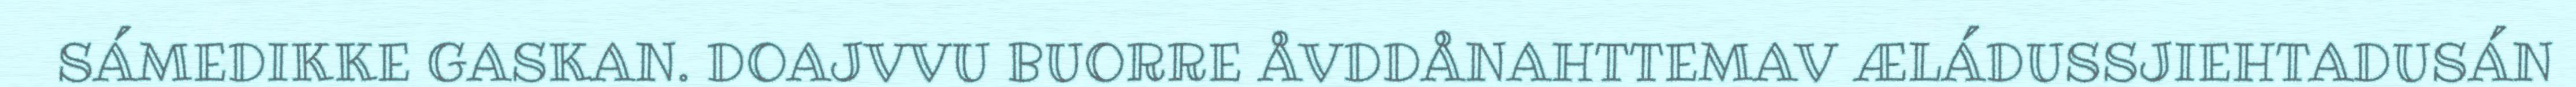
SÁMEDIKKE GASKAN. DOAJVVU BUORRE ÅVDDÅNAHTTEMAV ÆLÁDUSSJIEHTADUSÁN